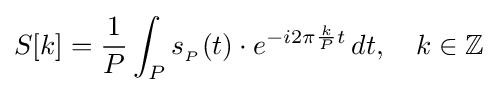
S[k]={\frac {1}{P}}\int _{P}s_{_{P}}(t)\cdot e^{-i2\pi {\frac {k}{P}}t}\,dt,\quad k\in \mathbb {Z}